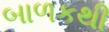
બાળકથી